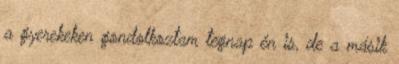
a gyerekeken gondolkoztam tegnap én is, de a másik